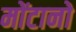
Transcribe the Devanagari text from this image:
मोंटानो